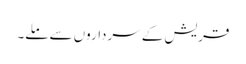
قریش کے سرداروں سے ملے۔